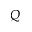
Q